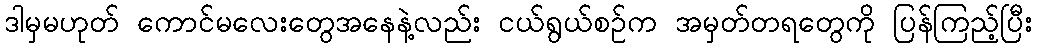
ဒါမှမဟုတ် ကောင်မလေးတွေအနေနဲ့လည်း ငယ်ရွယ်စဉ်က အမှတ်တရတွေကို ပြန်ကြည့်ပြီး